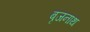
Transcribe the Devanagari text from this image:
बृजनाथ